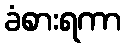
ခံစားရကာ